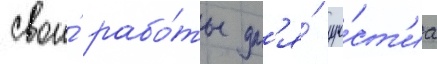
свои́ рабо́ты дл'я́ уча́ст'иа